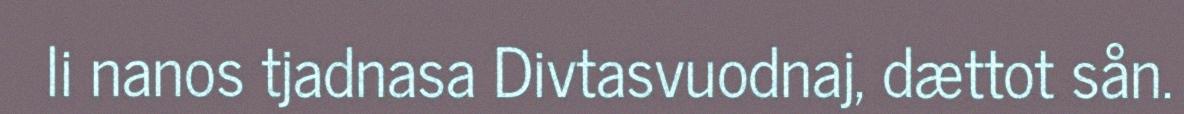
li nanos tjadnasa Divtasvuodnaj, dættot sån.